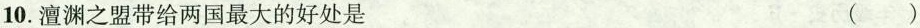
10.澶渊之盟带给两国最大的好处是 ( )